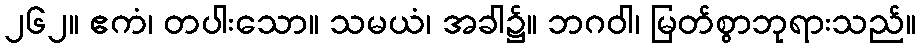
၂၆၂။ ဧကံ၊ တပါးသော။ သမယံ၊ အခါ၌။ ဘဂဝါ၊ မြတ်စွာဘုရားသည်။